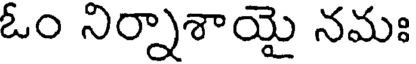
ఓం నిర్నాశాయై నమః